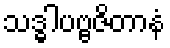
သဒ္ဓါပဗ္ဗဇိတာနံ